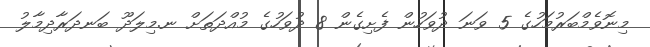
މިނޮވެމްބަރުމަހުގެ 5 ވަނަ ދުވަހުން ފެށިގެން 8 ދުވަހުގެ މުއްދަތަށް ނ.މިލަދޫ ބަނދަރާދިމާލު